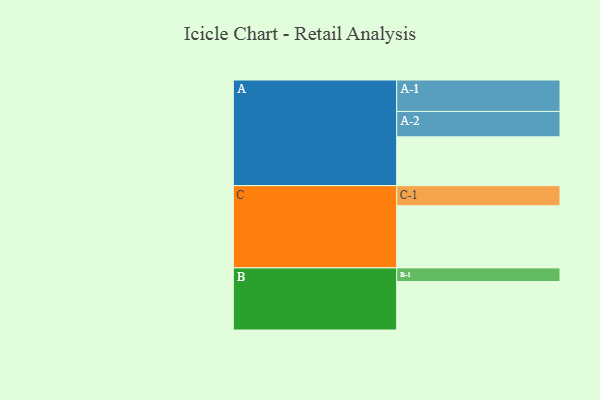
{"axis": {"x": "Segment", "y": "Value"}, "legend": ["", "A", "B", "C"], "data": [{"x": "A", "y": 455, "type": ""}, {"x": "B", "y": 452, "type": ""}, {"x": "C", "y": 580, "type": ""}, {"x": "A-1", "y": 293, "type": "A"}, {"x": "A-2", "y": 237, "type": "A"}, {"x": "B-1", "y": 127, "type": "B"}, {"x": "C-1", "y": 187, "type": "C"}]}